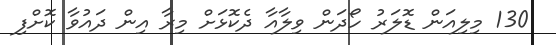
130 މިލިއަން ޑޮލަރު ހޯދަން ވިލާއާ ދެކޮޅަށް މިރާ އިން ދައުވާ ކޮށްފި